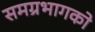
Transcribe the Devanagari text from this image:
समग्रभागको